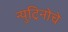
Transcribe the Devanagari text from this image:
न्युट्रिनोचे